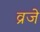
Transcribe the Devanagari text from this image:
व्रजे